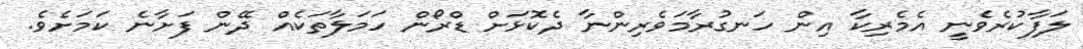
ލަފާކުރެވެނީ އެމެރިކާ އިން ހަނގުރާމަވެރިންނާ ދެކޮޅަށް ޑްރޯން ހަމަލާތަކެއް ދޭން ފަށާނެ ކަމަށެވެ.